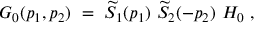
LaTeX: G _ { 0 } ( p _ { 1 } , p _ { 2 } ) \ = \ \widetilde S _ { 1 } ( p _ { 1 } ) \ \widetilde S _ { 2 } ( - p _ { 2 } ) \ H _ { 0 } \ ,